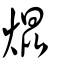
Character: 焜